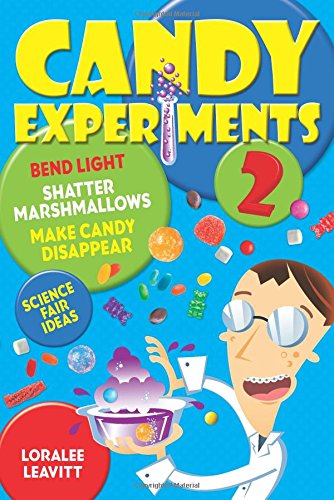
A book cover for Candy Experiments 2; Loralee Leavitt; Children's Books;